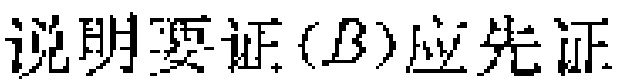
说明要证$(B)$应先证